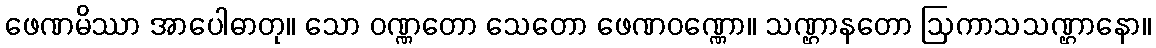
ဖေဏမိဿာ အာပေါဓာတု။ သော ဝဏ္ဏတော သေတော ဖေဏဝဏ္ဏော။ သဏ္ဌာနတော ဩကာသသဏ္ဌာနော။